Statistics compiled by the Government of India from the reports of provincial Civil Veterinary Departments
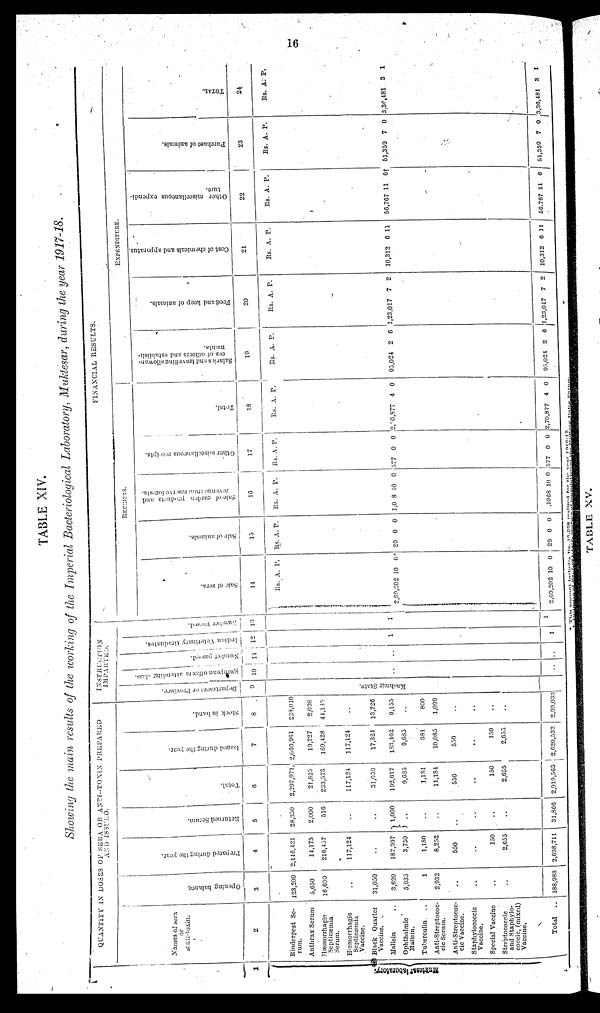
16
TABLE XIV.
Showing the main results of the working of the Imperial Bacteriological Laboratory, Muktesar, during the year 1917-18.
1
Mukt es ar
l
abor at or y.
QUANTITY IN DOSES OF SERA OR ANTI-TOXIN PREPARED
AND ISSUED.
Names of sera
or
anti-toxin
2
Rinderpest Se-
rum.
Anthrax Serum
Hæmorrhagic
Septicæmia
Serum.
Hæmorrhagic
Septicæmla
Vaccine.
Black Quarter
Vaccine.
Mallein ..
Ophthalmic
Mallein.
Tuberculin. ..
Anti-Streptococ-
cic Serum.
Anti-Streptococ-
cic Vaccine.
Staphylococcic
Vaccine.
Special Vaccine
Streptococcic
and Staphylo-
coccic, (mixed)
Vaccine.
Total
..
Opening balance,
3
123,200
5,650
16,600
..
31,050
3,620
5,935
1
2,032
..
..
..
..
188,988
Prepared during the year.
4
2,146,421
14,175
216,457
117,124
..
187,997
3,750
1,180
8,252
550
..
150
2,655
2,698,711
Returned Serum.
5
23,350
2,000
516
..
..
1,000
..
..
..
..
..
..
..
31,866
Total.
6
2,297,971,
21,825
233,573
117,124
31,050
192,617
9,635
1,181
11,184
550
..
150
2,655
2,919,565
Issued during the year.
7
2,069,901
19,727
189,428
117,124
17,324
133,462
9,685
381
10,085
550
..
150
2,655
2,620,532
Stock in hand.
8
223,010
2,098
44,145
..
13,726
9,155
..
800
1,099
..
..
..
..
2,99,033
INSTRUCTION
IMPARTED.
Department or Province.
9
Ka s hmir State.
European
officers
attending
class.
10
..
..
Number
passed.
11
..
Indian
Veterinary
Graduats.
12
1
1
Number passed.
13
1
1
FINANCIAL RESULTS.
Sale of sera.
14
Rs.
2,69,202
2,60,202
A. P
10
10
.
0*
0
Sale of animals.
15
Rs.
29
29
A.
0
0
P.
0
0
Sale of garden products and
revenue from reserve forests.
16
Rs.
1,0 8
1068
A.
10
10
P.
0
0
Other miscellaneous receipts.
17
Rs.
577
577
A.
0
0
P.
0
0
Total.
18
Rs. A
2,70,877
2,70,877
. P
4
4
.
0
0
EXPENDITURE.
Salaries and travelling allowan-
ces of officers and establish-
ments.
19
Rs.
95,024
95,024
A.
2
2
P.
6
6
Feed and keep of animals.
20
Rs. A
1,23,017
1,23,017
. P
7
7
.
2
2
Cost of chemicals and apparatus.
21
Rs.
10,312
10,312
A. P
6
6
.
11
11
Ot her miscellaneous expendi-
ture.
2
2
Rs.
56,767
56,767
A.
11
11
P.
6†
6
Purchase of animals.
23
Rs.
51,359
51,359
A.
7
7
P.
0
0
TOTAL.
24
Rs. A
3,36,481
3,36,481
. P
3
3
.
1
1